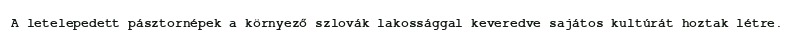
A letelepedett pásztornépek a környező szlovák lakossággal keveredve sajátos kultúrát hoztak létre.